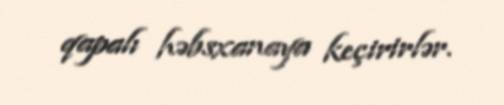
qapalı həbsxanaya keçirirlər.